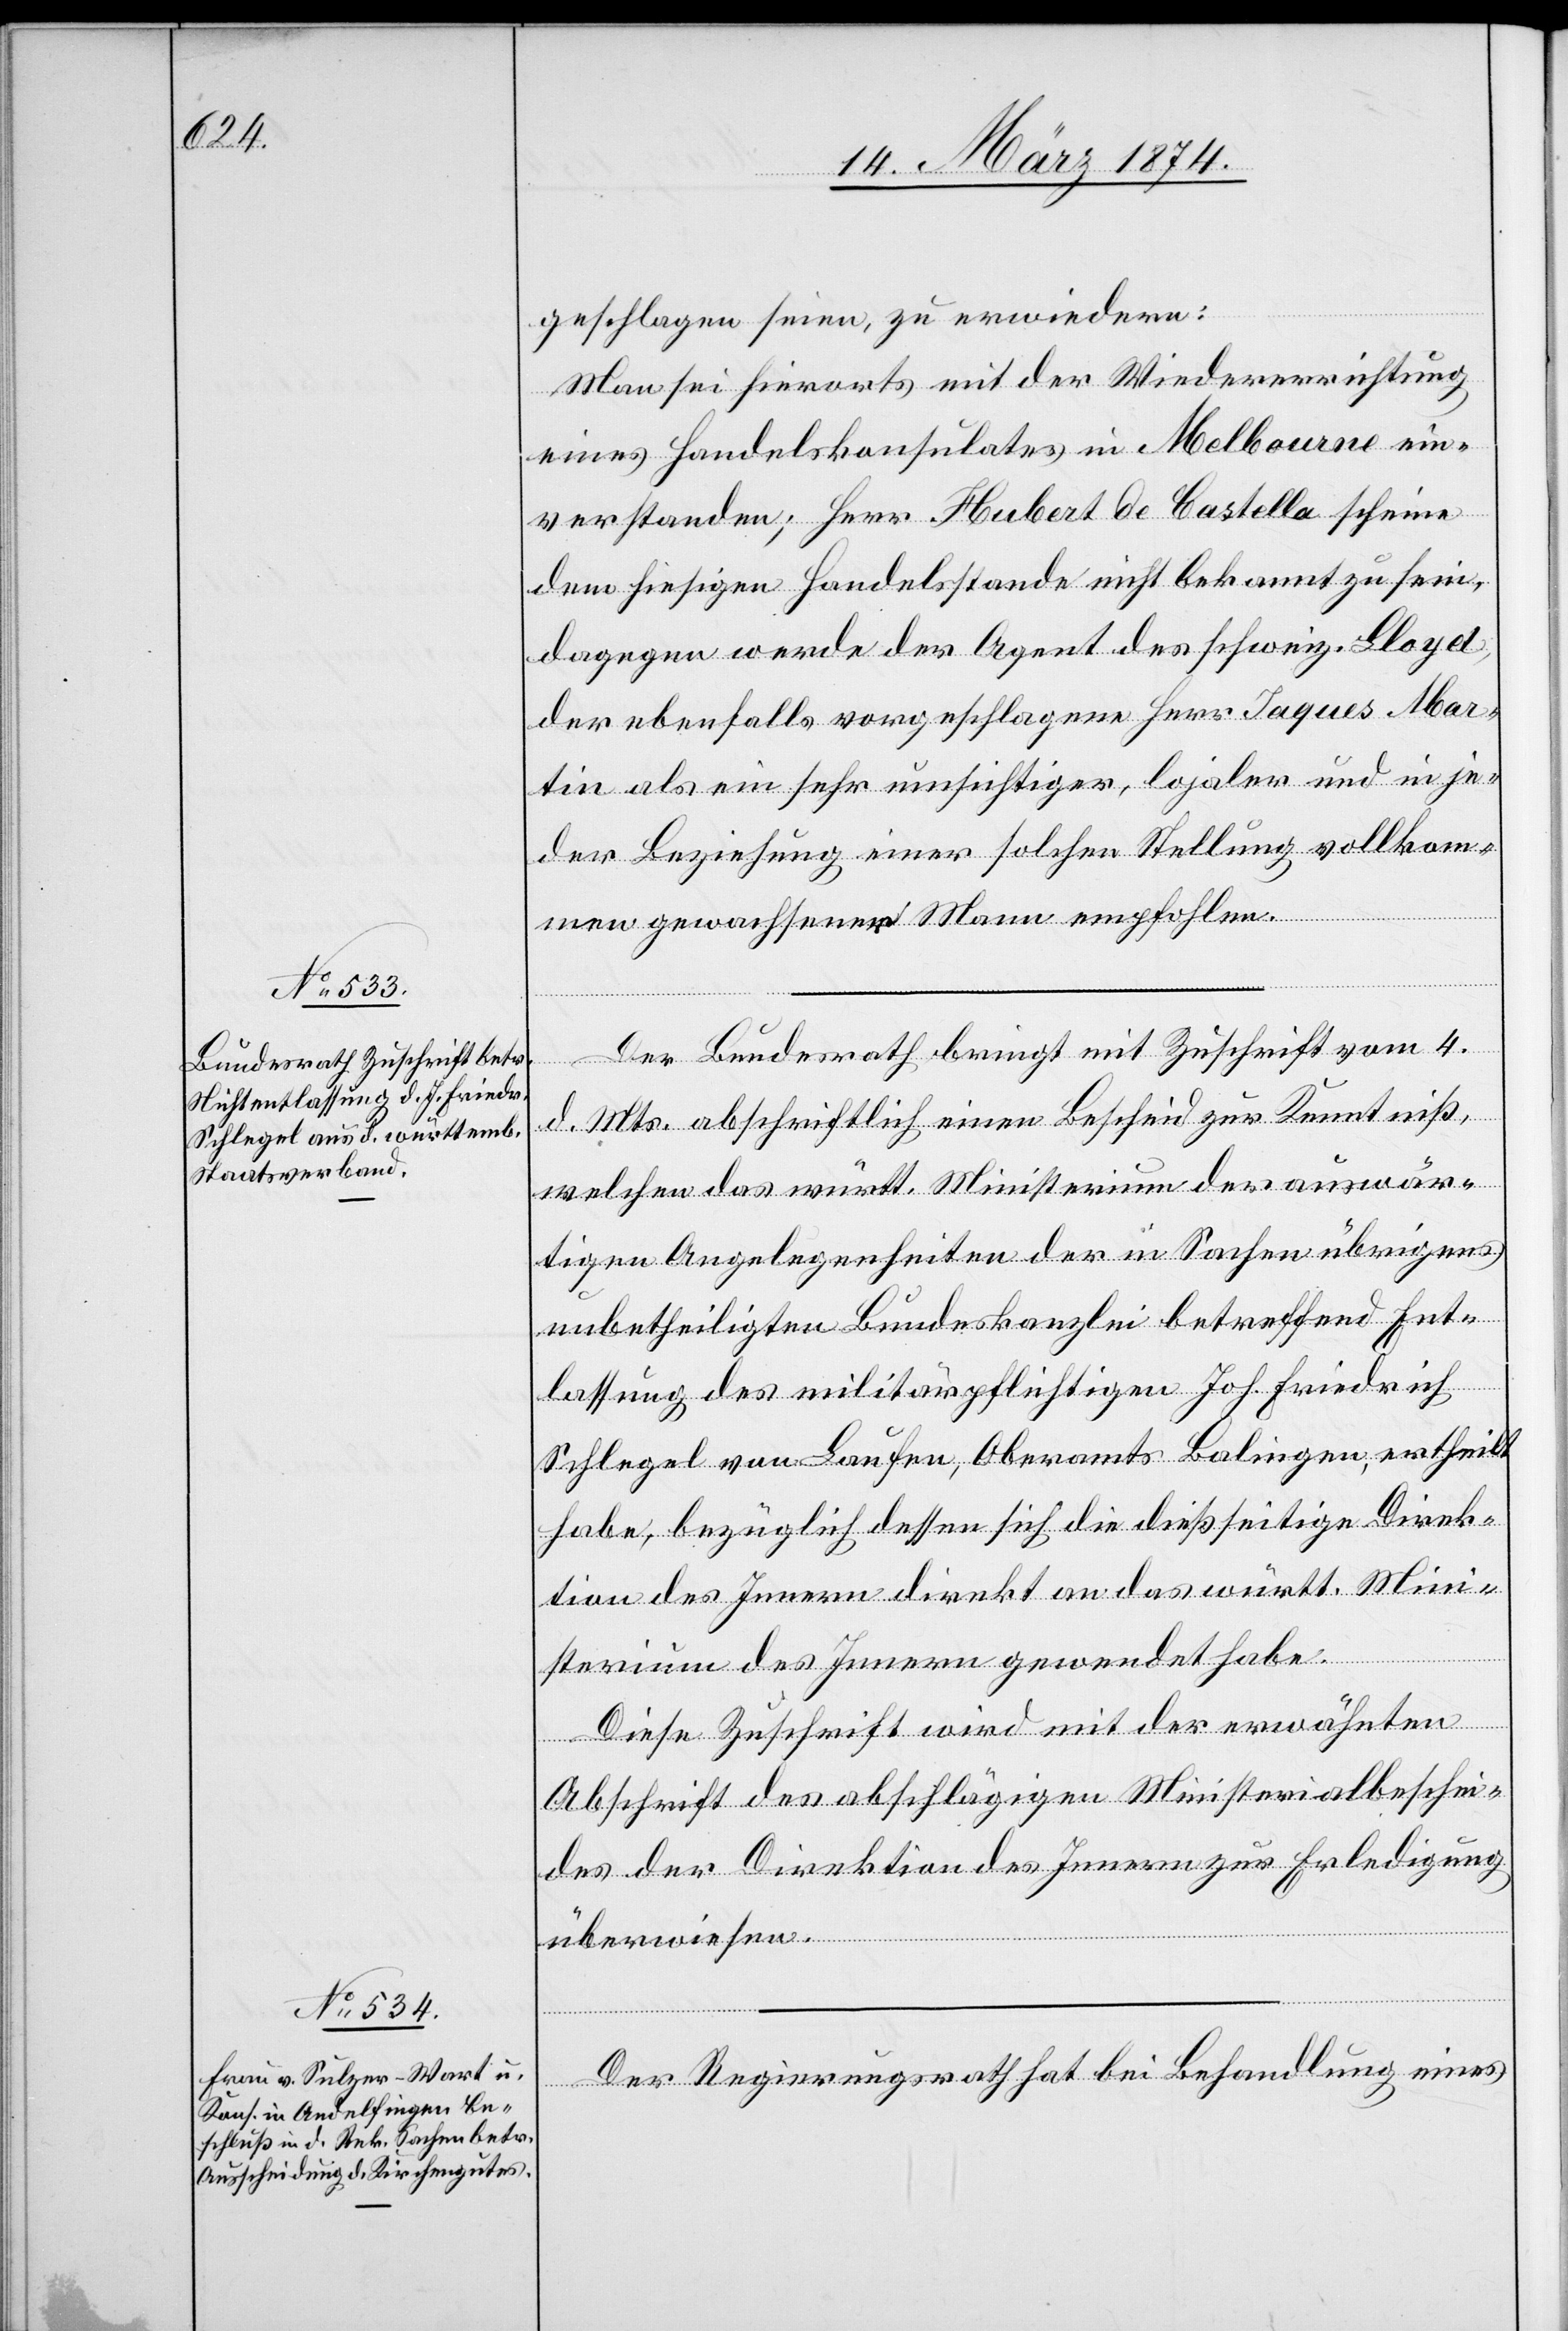
geschlagen seien, zu erwiedern:
Man sei hierorts mit der Wiedererrichtung
eines Handelskonsulates in Melbourne ein¬
verstanden; Herr Hubert de Castella scheine
dem hiesigen Handelsstande nicht bekannt zu sein,
dagegen werde der Agent des schweiz. Lloyd,
der ebenfalls vorgeschlagene Herr Jaques Mar¬
tin als ein sehr umsichtiger, lojaler und in je¬
der Beziehung einer solchen Stellung vollkom¬
men gewachsener Mann empfohlen.
Der Bundesrath bringt mit Zuschrift vom 4.
d. Mts. abschriftlich einen Bescheid zur Kenntniß,
welchen das württ. Ministerium der auswär¬
tigen Angelegenheiten der in Sachen übrigens
unbetheiligten Bundeskanzlei betreffend Ent¬
lassung des militärpflichtigen Joh. Friedrich
Schlegel von Laufen, Oberamts Balingen, ertheilt
habe, bezüglich dessen sich die dießseitige Direk¬
tion des Innern direkt an das württ. Mini¬
sterium des Innern gewendet habe.
Diese Zuschrift wird mit der erwähnten
Abschrift des abschlägigen Ministerialbeschei¬
des der Direktion des Innern zur Erledigung
überwiesen.
Der Regierungsrath hat bei Behandlung eines